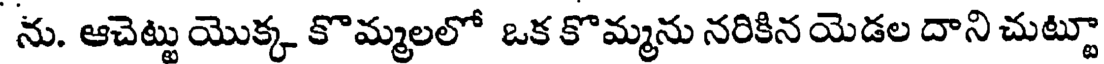
ను. ఆచెట్టు యొక్క కొమ్మలలో ఒక కొమ్మను నరికిన యెడల దాని చుట్టూ